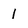
Character: I